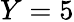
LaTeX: Y=5